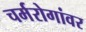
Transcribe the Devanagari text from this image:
चर्मरोगांवर